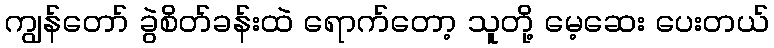
ကျွန်တော် ခွဲစိတ်ခန်းထဲ ရောက်တော့ သူတို့ မေ့ဆေး ပေးတယ်